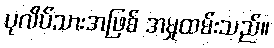
ပုလိပ်သားအဖြစ် အမှုထမ်းသည်။